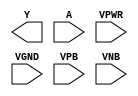
module sky130_fd_sc_ls__clkdlyinv3sd2 (
    Y   ,
    A   ,
    VPWR,
    VGND,
    VPB ,
    VNB
);

    output Y   ;
    input  A   ;
    input  VPWR;
    input  VGND;
    input  VPB ;
    input  VNB ;
endmodule